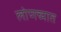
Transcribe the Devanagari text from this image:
लोणच्यात